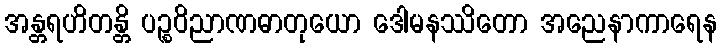
အန္တရဟိတန္တိ ပဉ္စဝိညာဏဓာတုယော ဒေါမနဿိတော အညေနာကာရေန